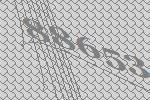
88653